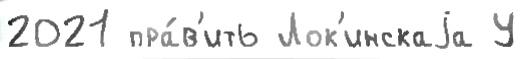
2021 пра́в'ить Лок'инскаjа У